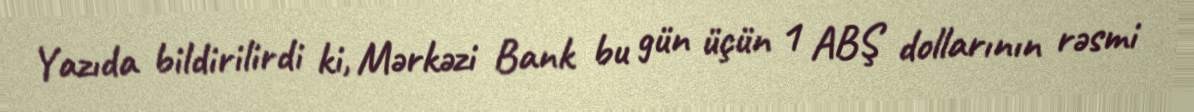
Yazıda bildirilirdi ki, Mərkəzi Bank bu gün üçün 1 ABŞ dollarının rəsmi